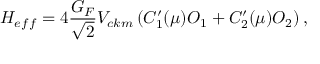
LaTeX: { { \cal H } _ { e f f } } = 4 \frac { G _ { F } } { \sqrt 2 } V _ { c k m } \left( C _ { 1 } ^ { \prime } ( \mu ) O _ { 1 } + C _ { 2 } ^ { \prime } ( \mu ) O _ { 2 } \right) ,